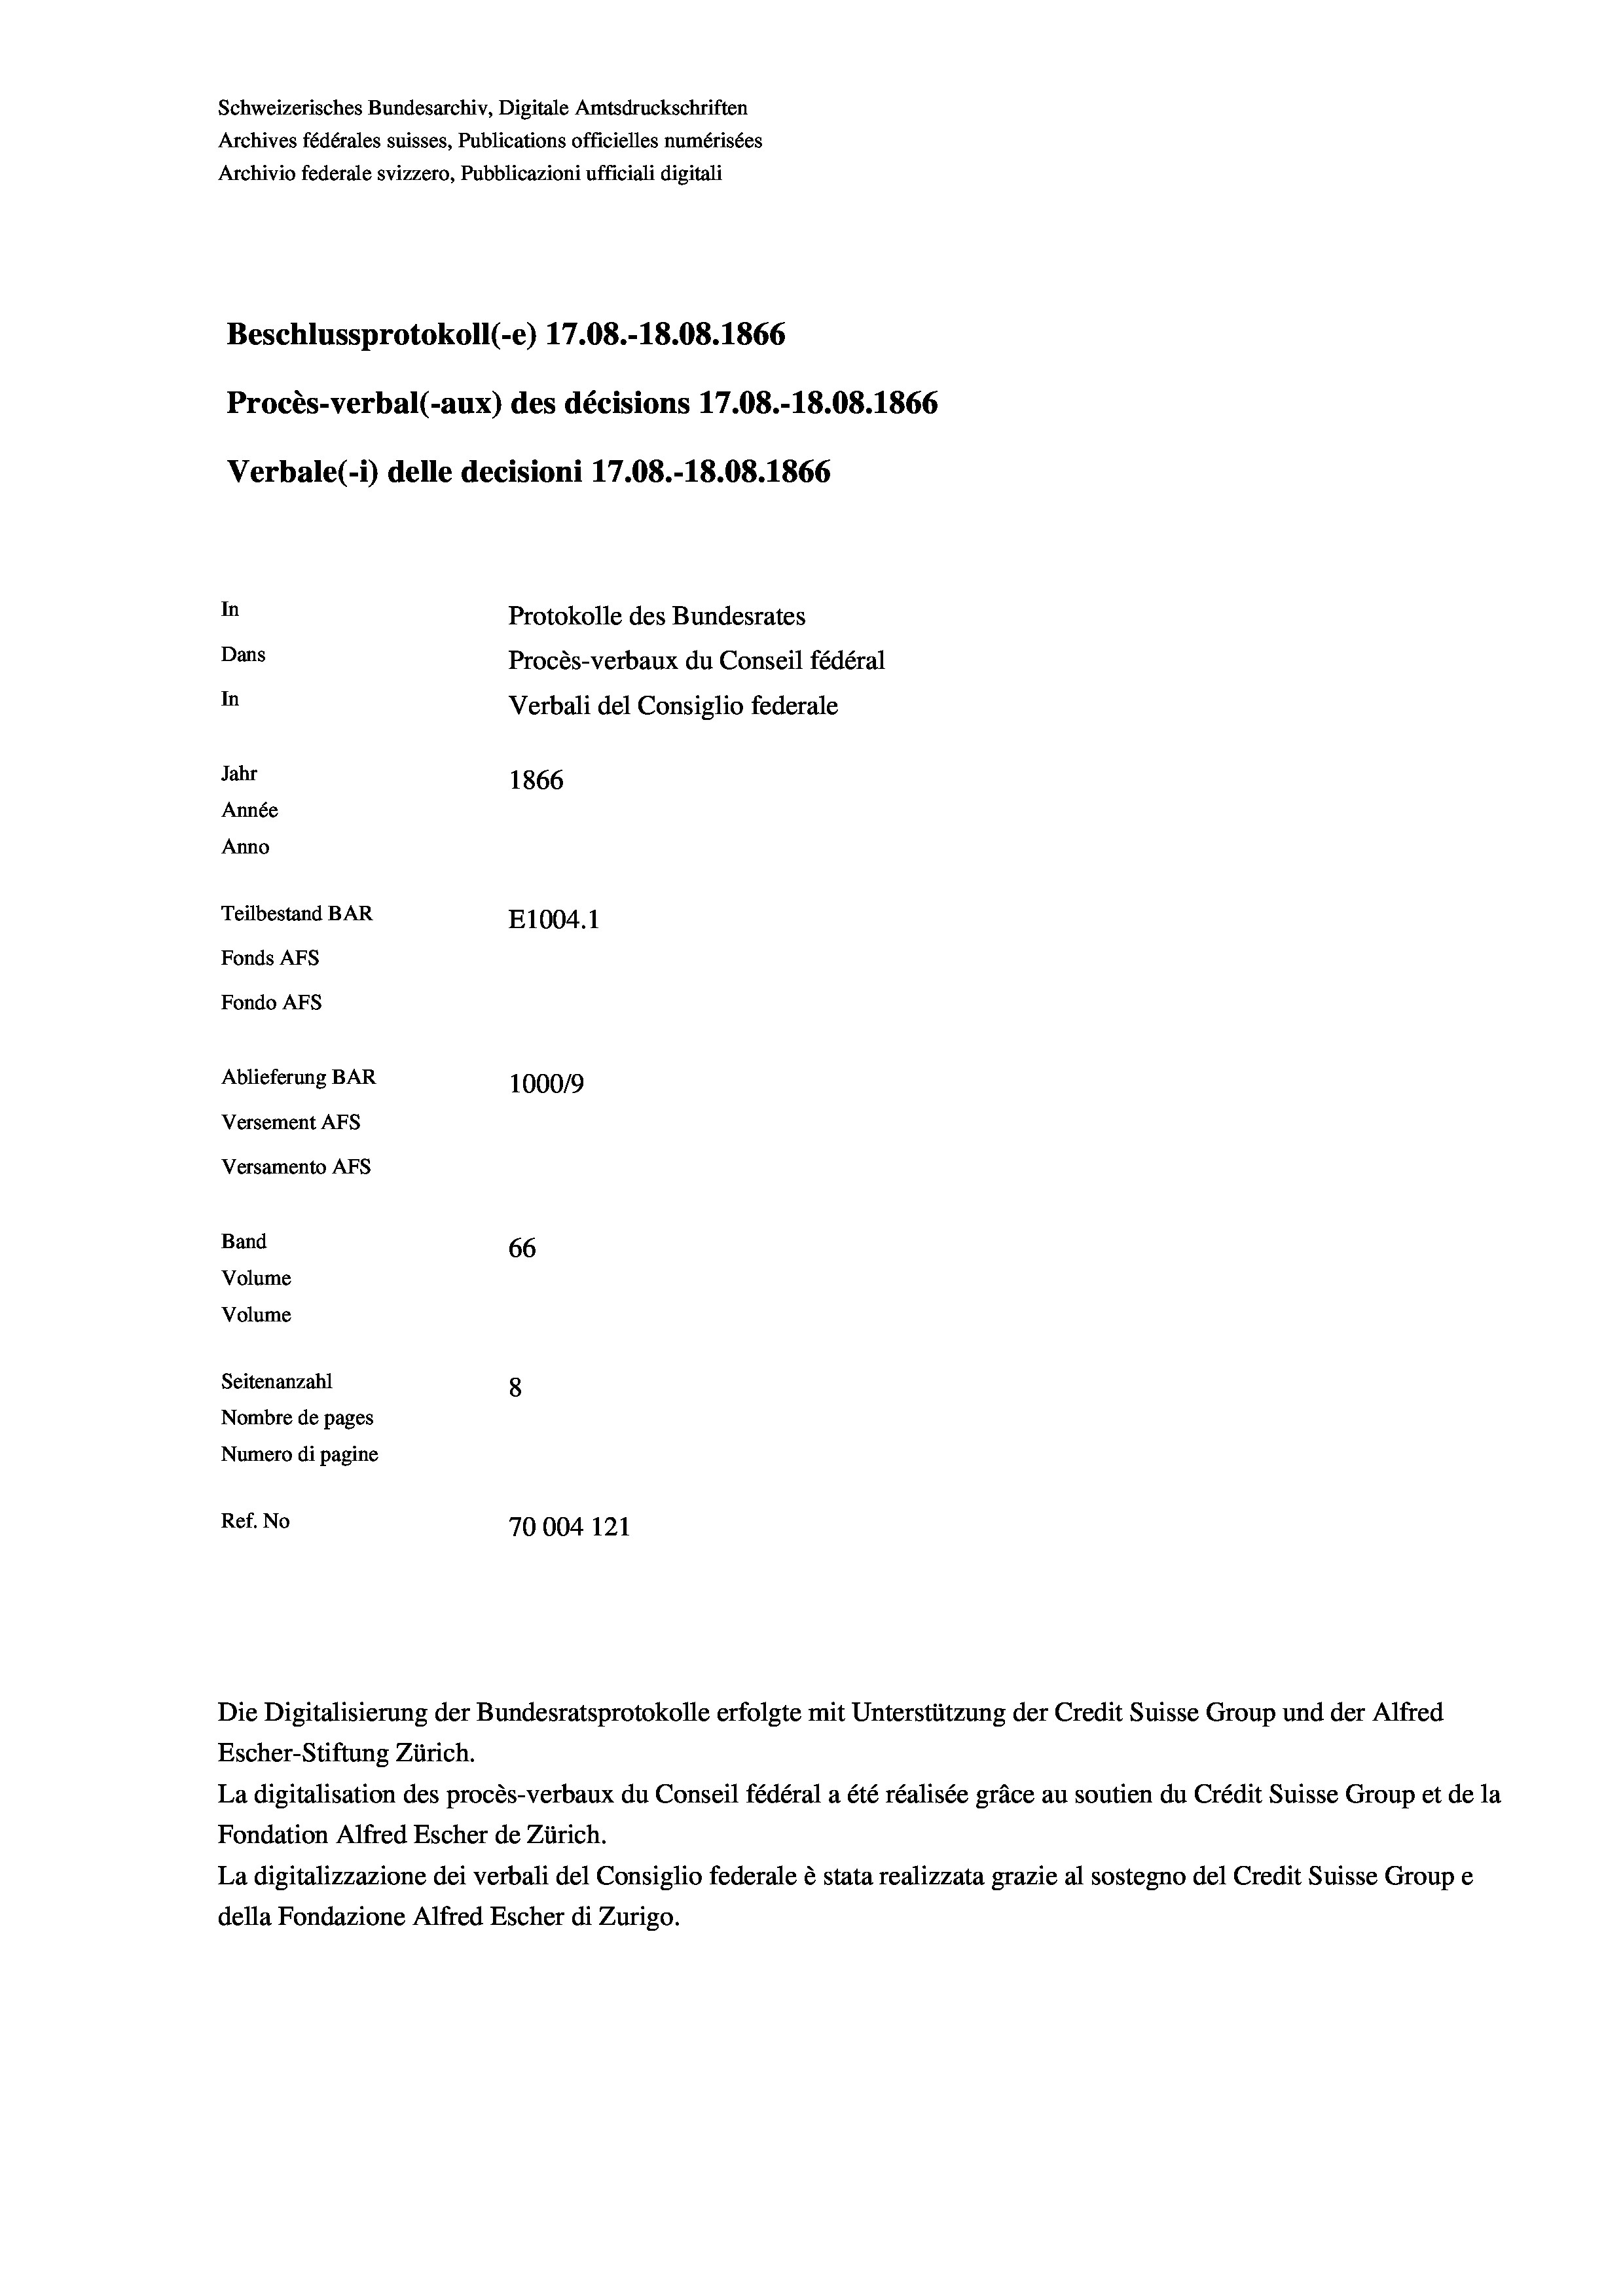
Schweizerisches Bundesarchiv, Digitale Amtsdruckschriften
Archives fédérales suisses, Publications officielles numérisées
Archivio federale svizzero, Pubblicazioni ufficiali digitali
Beschlussprotokoll (-e) 17.08.-18.08. 1866
Procès-verbal (-aux) des décisions 17.08.-18.08. 1866
Verbale (i) delle decisioni 17.08.-18.08. 1866
In
Protokolle des Bundesrates
Dans
Procès-verbaux du Conseil fédéral
In
Verbali del Consiglio federale
Jahr
1866
Année
Anno
Teilbestand BAR
E1004. 1
Fonds AFs
Fondo Afs
Ablieferung BAR
100019
Versement AFs
Versamento Afs

Band
Volume
Volume

66
Seitenanzahl
8
Nombre de pages
Numero di pagine
Ref. No
70004 121

Escher-Stiftung Zürich.
La digitalisation des procès-verbaux du Conseil fédéral a été réalisée gräce au soutien du Crédit Suisse Group et de la
Fondation Alfred Escher de Zürich.
La digitalizzazione dei verbali del Consiglio federale è stata realizzata grazie al sostegno del Credit Suisse Groupe
della Fondazione Alfred Escher di Zurigo.

Die Digitalisierung der Bundesratsprotokolle erfolgte mit Unterstützung der Credit Suisse Group und der Alfred